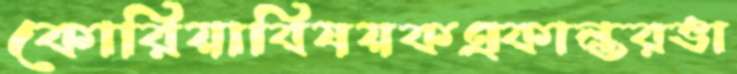
কোরিয়াবিষয়কএকান্তরভা